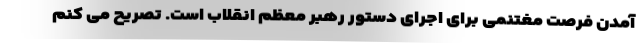
آمدن فرصت مغتنمی برای اجرای دستور رهبر معظم انقلاب است. تصریح می کنم